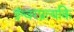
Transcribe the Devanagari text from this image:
ईश्वरप्रत्यकि